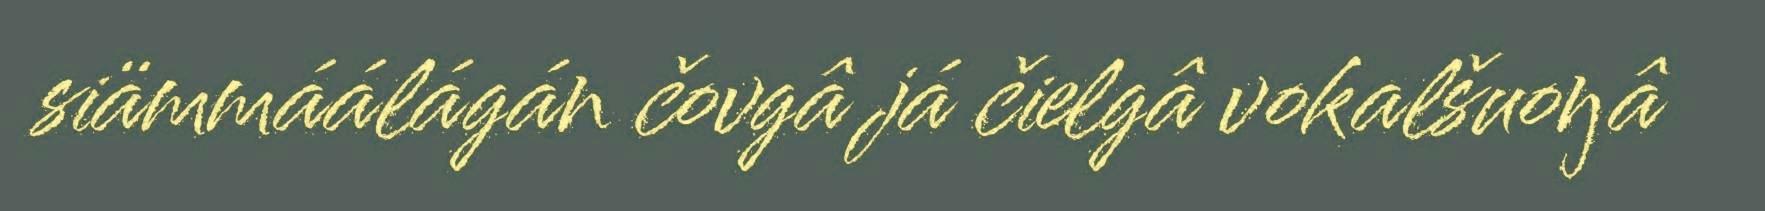
siämmáálágán čovgâ já čielgâ vokalšuoŋâ